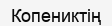
Копениктің